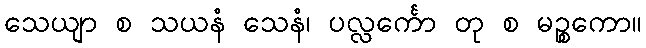
သေယျာ စ သယနံ သေနံ၊ ပလ္လင်္ကော တု စ မဉ္စကော။